Indian journal of veterinary science and animal husbandry - Volume 8,
Year: 1938
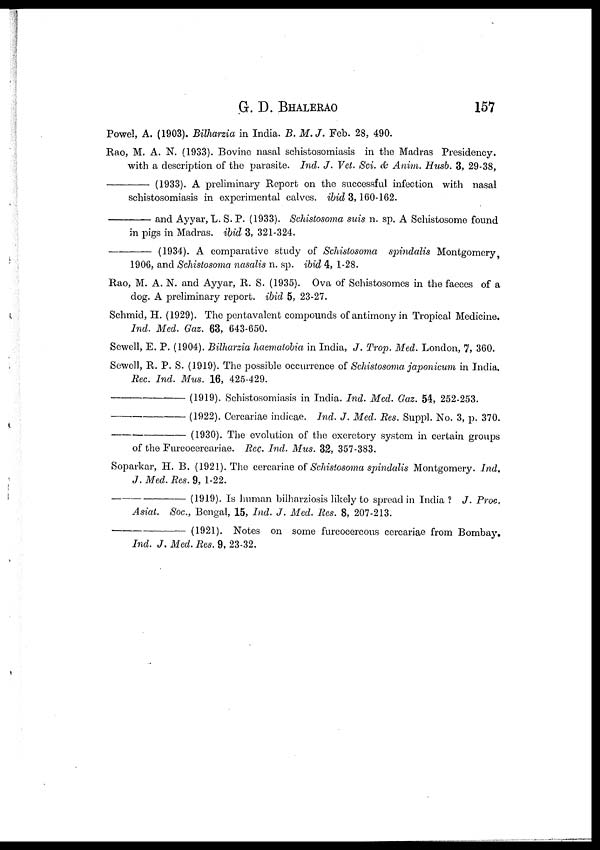
G. D.
BHALERAO
157
Powel, A. (1903). Bilharzia in India. B. M. J. Feb. 28, 490.
Rao, M. A. N. (1933). Bovine nasal schistosomiasis in the Madras Presidency.
with a description of the parasite. Ind. J. Vet. Sci. & Anim. Husb. 3, 29-38,
—
(1933). A preliminary Report on the successful infection with nasal
schistosomiasis in experimental calves. ibid 3,160-162.
—and
Ayyar, L. S. P. (1933). Schistosoma suis n. sp. A Schistosome found
in pigs in Madras. ibid 3, 321-324.
—
(1934). A comparative study of Schistosoma spindalis Montgomery,
1906, and Schistosoma nasalis n. sp. ibid 4, 1-28.
Rao, M. A. N. and Ayyar, R. S. (1935). Ova of Schistosomes in the faeces of a
dog. A preliminary report. ibid 5, 23-27.
Schmid, H. (1929). The pentavalent compounds of antimony in Tropical Medicine.
Ind. Med. Gaz. 63, 643-650.
Sewell, E. P. (1904). Bilharzia haematobia in India, J. Trop. Med. London, 7, 360.
Sewell, R. P. S. (1919). The possible occurrence of Schistosoma japonicum in India.
Rec. Ind. Mus. 16, 425-429.
—(1919).
Schistosomiasis in India. Ind. Med. Gaz. 54, 252-253.
—(1922).
Cercariae indicae. Ind. J. Med. Res. Suppl. No. 3, p. 370.
—(1930).
The evolution of the excretory system in certain groups
of the Furcocercariae. Rec. Ind. Mus. 32, 357-383.
Soparkar, H. B. (1921). The cercariae of Schistosoma spindalis Montgomery. Ind.
J. Med. Res. 9, 1-22.
—(1919).
Is human bilharziosis likely to spread in India ? J. Proc.
Asiat. Soc., Bengal, 15, Ind. J. Med. Res. 8, 207-213.
—(1921).
Notes on some furcocercous cercariae from Bombay.
Ind. J. Med. Res. 9, 23-32.